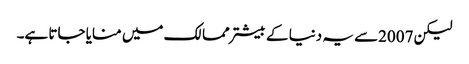
لیکن 2007سے یہ دنیا کے بیشتر ممالک میں منایا جاتا ہے۔